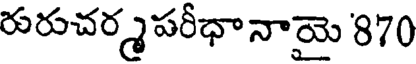
రురుచర్మపరీధానాయై 870